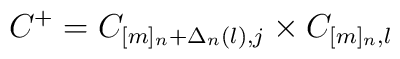
C^+ =C_{[m]_n +\Delta_n (l), j}\times C_{[m]_n, l}